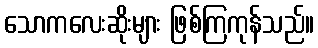
သောကလေးဆိုးများ ဖြစ်ကြကုန်သည်။